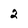
Character: 2